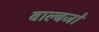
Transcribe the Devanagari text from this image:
बाल्बजों